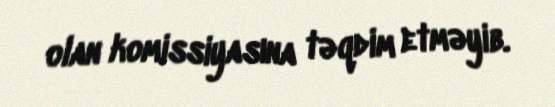
olan komissiyasına təqdim etməyib.